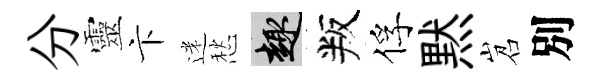
分靈卞迷愁趣叛俘黙岧別